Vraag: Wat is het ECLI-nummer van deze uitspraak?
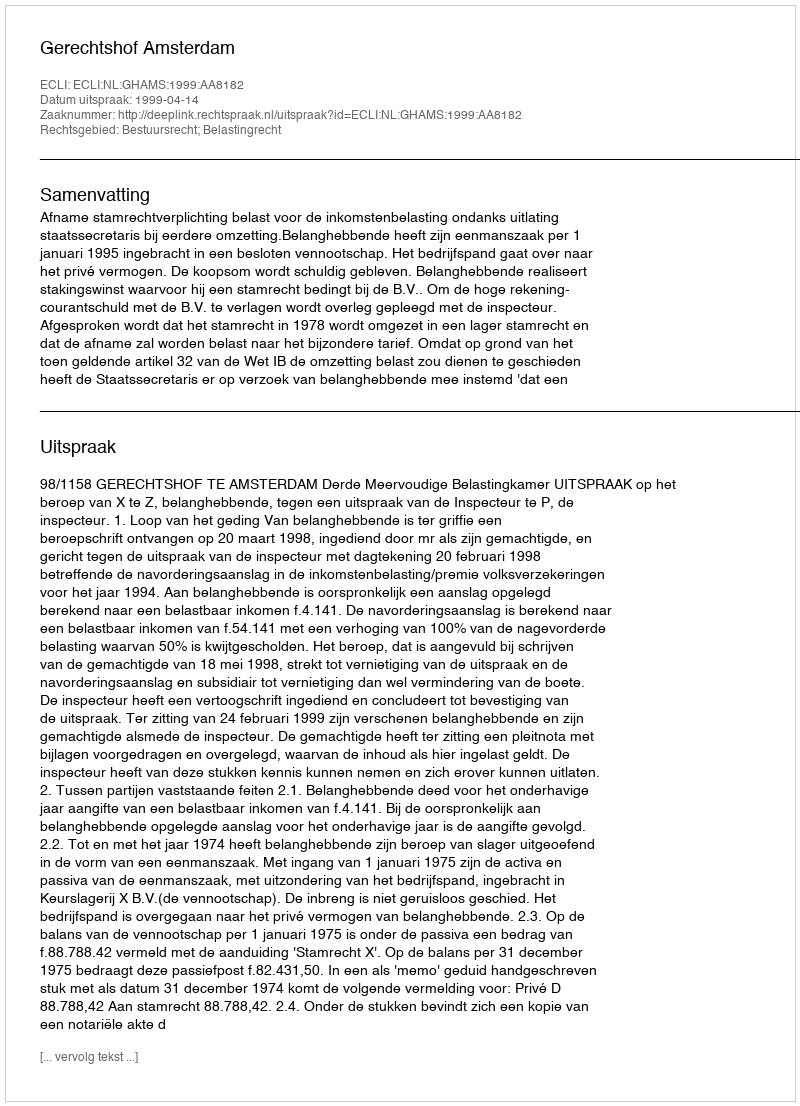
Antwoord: ECLI:NL:GHAMS:1999:AA8182